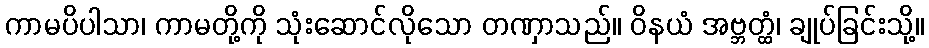
ကာမပိပါသာ၊ ကာမတို့ကို သုံးဆောင်လိုသော တဏှာသည်။ ဝိနယံ အဗ္ဘတ္ထံ၊ ချုပ်ခြင်းသို့။